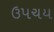
ઉપચય